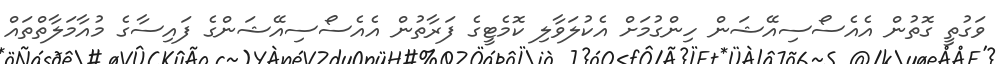
ވަގުތީ ގޮތުން އެއެސޯސިއޭޝަން ހިންގުމަށް އެކުލަވާލި ކޮމެޓީގެ ފަރާތުން އެއެސޯސިއޭޝަންގެ ފައިސާގެ މުއާމަލާތްތައް